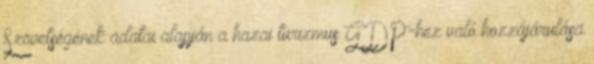
Szövetségének adatai alapján a hazai turizmus GDP-hez való hozzájárulása